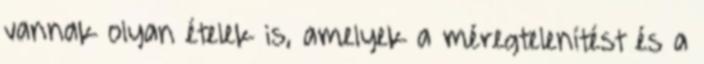
vannak olyan ételek is, amelyek a méregtelenítést és a